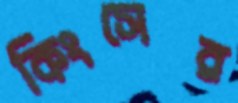
কিংসের